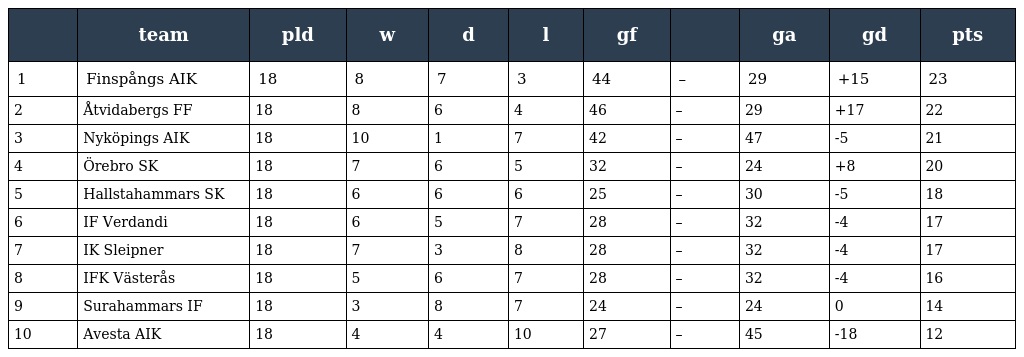
|  | team | pld | w | d | l | gf |  | ga | gd | pts |
 | --- | --- | --- | --- | --- | --- | --- | --- | --- | --- | --- |
 | 1 | Finspångs AIK | 18 | 8 | 7 | 3 | 44 | – | 29 | +15 | 23 |
 | 2 | Åtvidabergs FF | 18 | 8 | 6 | 4 | 46 | – | 29 | +17 | 22 |
 | 3 | Nyköpings AIK | 18 | 10 | 1 | 7 | 42 | – | 47 | -5 | 21 |
 | 4 | Örebro SK | 18 | 7 | 6 | 5 | 32 | – | 24 | +8 | 20 |
 | 5 | Hallstahammars SK | 18 | 6 | 6 | 6 | 25 | – | 30 | -5 | 18 |
 | 6 | IF Verdandi | 18 | 6 | 5 | 7 | 28 | – | 32 | -4 | 17 |
 | 7 | IK Sleipner | 18 | 7 | 3 | 8 | 28 | – | 32 | -4 | 17 |
 | 8 | IFK Västerås | 18 | 5 | 6 | 7 | 28 | – | 32 | -4 | 16 |
 | 9 | Surahammars IF | 18 | 3 | 8 | 7 | 24 | – | 24 | 0 | 14 |
 | 10 | Avesta AIK | 18 | 4 | 4 | 10 | 27 | – | 45 | -18 | 12 |